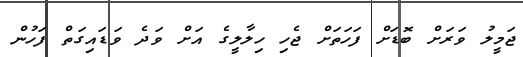
ޖަމީލު ވަރަށް ބޮޑަށް ފަހަތަށް ޖެހި ހިލާލީގެ އަށް ވަދެ ވަޑައިގަތް ފަހުން